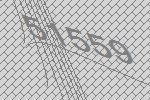
51559